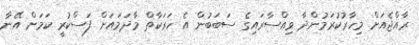
ރާއްޖެއަށް މިހާރުކުރަމުންދާ ވިއްސާރައިގެ ސަބަބުން އެ ހަރަކާތް މާދަމައަށް ފަސްކުރީ ކަމަށް އޭނާ